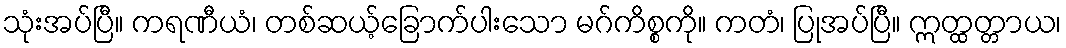
သုံးအပ်ပြီ။ ကရဏီယံ၊ တစ်ဆယ့်ခြောက်ပါးသော မဂ်ကိစ္စကို။ ကတံ၊ ပြုအပ်ပြီ။ ဣတ္ထတ္တာယ၊